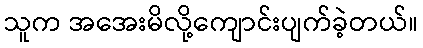
သူက အအေးမိလို့ကျောင်းပျက်ခဲ့တယ်။